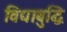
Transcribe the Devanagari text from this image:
विद्याबुद्धि